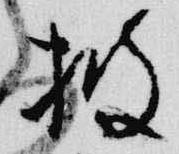
披